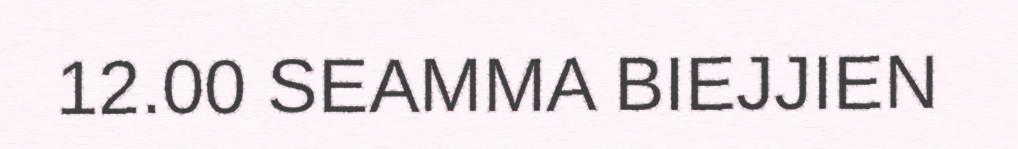
12.00 SEAMMA BIEJJIEN